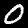
Digit: 0